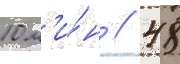
10 м'и́н // 48